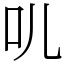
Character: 䶷